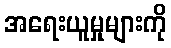
အရေးယူမှုများကို